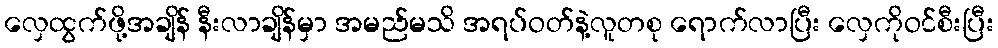
လှေထွက်ဖို့အချိန် နီးလာချိန်မှာ အမည်မသိ အရပ်ဝတ်နဲ့လူတစု ရောက်လာပြီး လှေကိုဝင်စီးပြီး